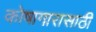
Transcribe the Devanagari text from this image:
कोषागारासाठी